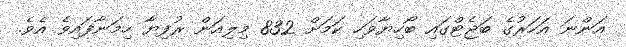
އަންނަ އަހަރުގެ ބަޖެޓްގައި ބޯހިޔާވަހި ކަމަށް 832 މިލިއަން ރުފިޔާ ހިމަނާފައިވެ އެވެ.